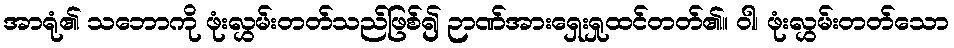
အာရုံ၏ သဘောကို ဖုံးလွှမ်းတတ်သည်ဖြစ်၍ ဉာဏ်အားရှေးရှုထင်တတ်၏။ ဝါ၊ ဖုံးလွှမ်းတတ်သော